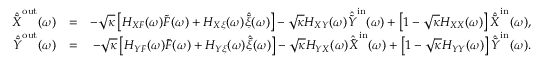
\begin{array} { r l r } { \hat { \tilde { X } } ^ { \mathrm { o u t } } ( \omega ) } & { = } & { - \sqrt { \kappa } \left[ H _ { X F } ( \omega ) \tilde { F } ( \omega ) + H _ { X \xi } ( \omega ) \hat { \tilde { \xi } } ( \omega ) \right] - \sqrt { \kappa } H _ { X Y } ( \omega ) \hat { \tilde { Y } } ^ { \mathrm { i n } } ( \omega ) + \left[ 1 - \sqrt { \kappa } H _ { X X } ( \omega ) \right] \hat { \tilde { X } } ^ { \mathrm { i n } } ( \omega ) , } \\ { \hat { \tilde { Y } } ^ { \mathrm { o u t } } ( \omega ) } & { = } & { - \sqrt { \kappa } \left[ H _ { Y F } ( \omega ) \tilde { F } ( \omega ) + H _ { Y \xi } ( \omega ) \hat { \tilde { \xi } } ( \omega ) \right] - \sqrt { \kappa } H _ { Y X } ( \omega ) \hat { \tilde { X } } ^ { \mathrm { i n } } ( \omega ) + \left[ 1 - \sqrt { \kappa } H _ { Y Y } ( \omega ) \right] \hat { \tilde { Y } } ^ { \mathrm { i n } } ( \omega ) . } \end{array}